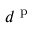
d ^ { \mathrm { ~ p ~ } }